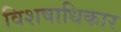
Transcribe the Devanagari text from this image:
विशषाधिकार